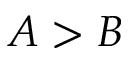
A > B